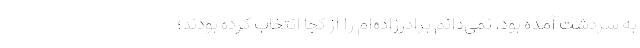
به سردشت آمده بود. نمی‌دانم برادرزاده‌ام را از کجا انتخاب کرده بودند؛